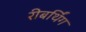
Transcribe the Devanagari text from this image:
रीबर्थिंग